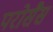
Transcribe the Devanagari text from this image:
परोसैस